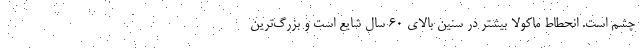
چشم است. انحطاط ماکولا بیشتر در سنین بالای 60 سال شایع است و بزرگ‌ترین